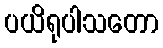
ပယိရုပါသတော